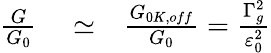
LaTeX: \begin{array}{rlr}{\frac{G}{G_{0}}}&{{}\simeq}&{\frac{G_{0K,off}}{G_{0}}=\frac{\Gamma_{g}^{2}}{\varepsilon_{0}^{2}}}\end{array}